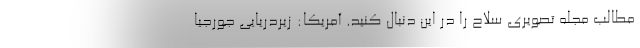
مطالب مجله تصویری سلاح را در این دنبال کنید. آمریکا: زیردریایی جورجیا